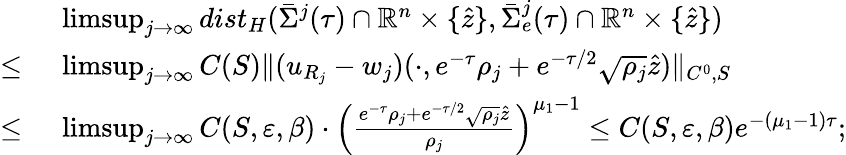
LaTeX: \begin{array}{rl}&{\ \operatorname*{limsup}_{j\to\infty}dist_{H}(\bar{\Sigma}^{j}(\tau)\cap\mathbb{R}^{n}\times\{ \hat{z}\} ,\bar{\Sigma}_{e}^{j}(\tau)\cap\mathbb{R}^{n}\times\{ \hat{z}\} )}\\ {\leq}&{\ \operatorname*{limsup}_{j\to\infty}C(S)\| (u_{R_{j}}-w_{j})(\cdot,e^{-\tau}\rho_{j}+e^{-\tau/2}\sqrt{\rho_{j}}\hat{z})\| _{C^{0},S}}\\ {\leq}&{\ \operatorname*{limsup}_{j\to\infty}C(S,\varepsilon,\beta)\cdot\left(\frac{e^{-\tau}\rho_{j}+e^{-\tau/2}\sqrt{\rho_{j}}\hat{z}}{\rho_{j}}\right)^{\mu_{1}-1}\leq C(S,\varepsilon,\beta)e^{-(\mu_{1}-1)\tau};}\end{array}